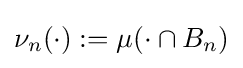
\nu _{n}(\cdot ):=\mu (\cdot \cap B_{n})